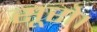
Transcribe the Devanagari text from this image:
सूरो।